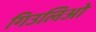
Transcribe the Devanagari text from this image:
गिउलिओ